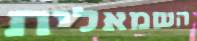
השמאלית